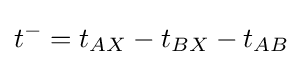
t^{-}=t_{AX}-t_{BX}-t_{AB}